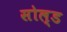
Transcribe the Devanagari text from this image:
सोल्‍ड